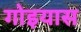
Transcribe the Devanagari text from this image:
गोइयास